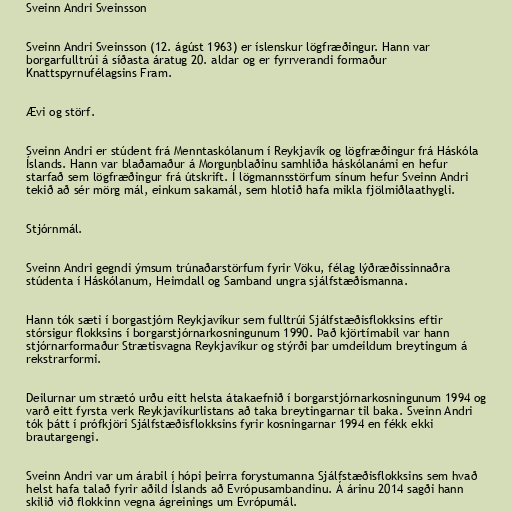
Sveinn Andri Sveinsson

Sveinn Andri Sveinsson (12. ágúst 1963) er íslenskur lögfræðingur. Hann var
borgarfulltrúi á síðasta áratug 20. aldar og er fyrrverandi formaður
Knattspyrnufélagsins Fram.

Ævi og störf.

Sveinn Andri er stúdent frá Menntaskólanum í Reykjavík og lögfræðingur frá Háskóla
Íslands. Hann var blaðamaður á Morgunblaðinu samhliða háskólanámi en hefur
starfað sem lögfræðingur frá útskrift. Í lögmannsstörfum sínum hefur Sveinn Andri
tekið að sér mörg mál, einkum sakamál, sem hlotið hafa mikla fjölmiðlaathygli.

Stjórnmál.

Sveinn Andri gegndi ýmsum trúnaðarstörfum fyrir Vöku, félag lýðræðissinnaðra
stúdenta í Háskólanum, Heimdall og Samband ungra sjálfstæðismanna.

Hann tók sæti í borgastjórn Reykjavíkur sem fulltrúi Sjálfstæðisflokksins eftir
stórsigur flokksins í borgarstjórnarkosningunum 1990. Það kjörtímabil var hann
stjórnarformaður Strætisvagna Reykjavíkur og stýrði þar umdeildum breytingum á
rekstrarformi.

Deilurnar um strætó urðu eitt helsta átakaefnið í borgarstjórnarkosningunum 1994 og
varð eitt fyrsta verk Reykjavíkurlistans að taka breytingarnar til baka. Sveinn Andri
tók þátt í prófkjöri Sjálfstæðisflokksins fyrir kosningarnar 1994 en fékk ekki
brautargengi.

Sveinn Andri var um árabil í hópi þeirra forystumanna Sjálfstæðisflokksins sem hvað
helst hafa talað fyrir aðild Íslands að Evrópusambandinu. Á árinu 2014 sagði hann
skilið við flokkinn vegna ágreinings um Evrópumál.